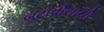
બટાવીયાથી